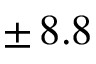
\pm \, 8 . 8